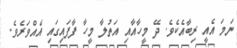
ނަމަ އެއީ ރިބާއެކެވެ. ދޭ މީހާއާއި އަތުލާ މީހާ ފާފައިގައި އެއްވަރެވެ.